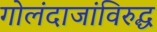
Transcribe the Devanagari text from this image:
गोलंदाजांविरुद्ध